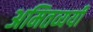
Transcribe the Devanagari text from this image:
अमितव्ययी